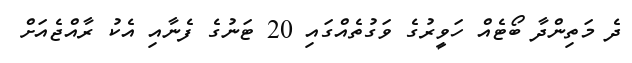
ދެ މަތިންދާ ބޯޓެއް ހަވީރުގެ ވަގުތެއްގައި 20 ޓަނުގެ ފެނާއި އެކު ރާއްޖެއަށް